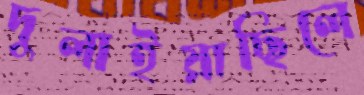
দুলাইয়াছিলে